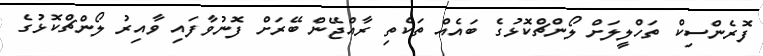
ފޮރެންސިކް ތަހްލީލަށް ލޯންޗްކޮޅުގެ ބައެއް ތަކެތި ރާއްޖޭން ބޭރަށް ފޮނުވާފައި ވާއިރު ލޯންޗްކޮޅުގެ